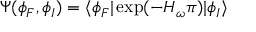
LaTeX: \Psi ( \phi _ { F } , \phi _ { I } ) = \langle \phi _ { F } | \exp ( { - H _ { \omega } \pi } ) | \phi _ { I } \rangle